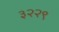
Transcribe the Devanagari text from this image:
३२२९